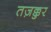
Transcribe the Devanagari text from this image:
तज़क्कुर